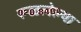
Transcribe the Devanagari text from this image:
रूळलेल्या